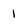
Character: 1